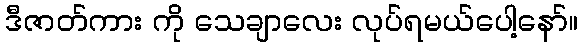
ဒီဇာတ်ကား ကို သေချာလေး လုပ်ရမယ်ပေါ့နော်။